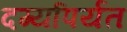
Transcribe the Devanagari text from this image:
दर्ग्यापर्यंत